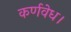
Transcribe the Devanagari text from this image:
कर्णवेध।